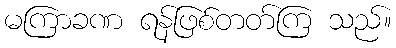
မကြာခဏ ရန်ဖြစ်တတ်ကြ သည်။